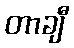
တာချီ